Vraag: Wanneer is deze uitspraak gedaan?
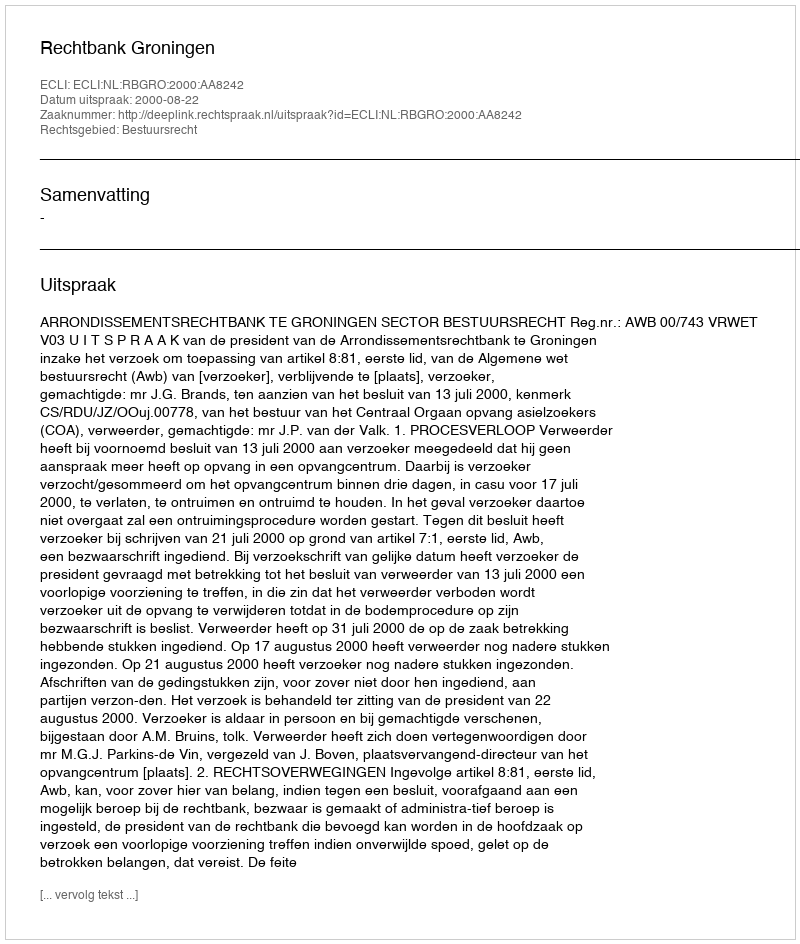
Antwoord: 2000-08-22